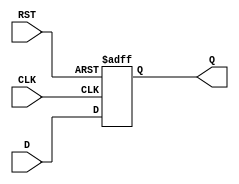
module d_flip_flop (
    input D,
    input CLK,
    input RST,
    output reg Q
);

always @(posedge CLK, posedge RST)
begin
    if (RST == 1)
        Q <= 0;
    else
        Q <= D;
end

endmodule